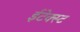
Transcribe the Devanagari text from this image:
ईटेक्स्ट